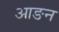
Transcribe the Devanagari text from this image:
आङन